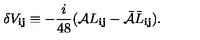
\delta V _ { { \mathbf i } { \mathbf j } } \equiv - \frac { i } { 4 8 } ( { \cal A } L _ { { \mathbf i } { \mathbf j } } - { \bar { \cal A } } \bar { L } _ { { \mathbf i } { \mathbf j } } ) .